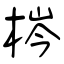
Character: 梣